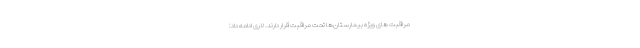
مراقبت های ویژه بیمارستان‌ها تحت مراقبت قرار دارند. لاری ادامه داد: